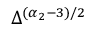
\Delta ^ { ( \alpha _ { 2 } - 3 ) / 2 }